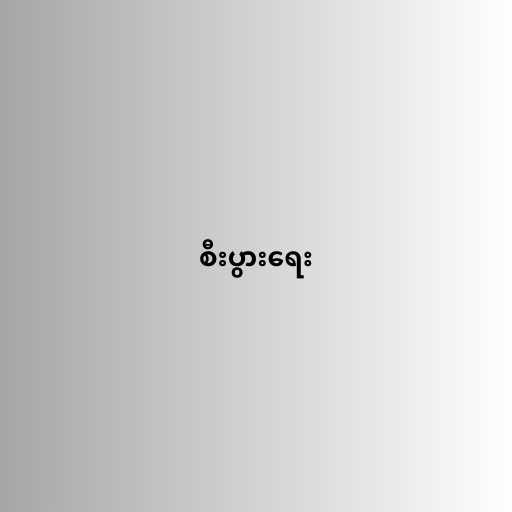
စီးပွားရေး